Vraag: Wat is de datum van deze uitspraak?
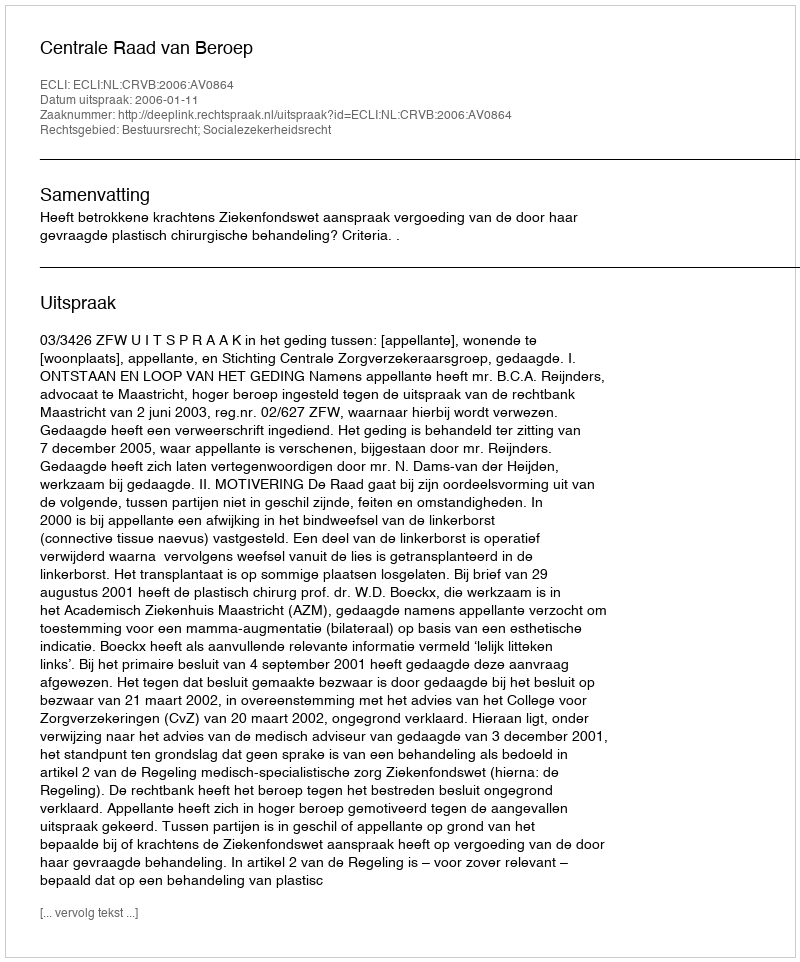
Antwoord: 2006-01-11